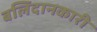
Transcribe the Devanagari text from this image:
बलिदानकारी